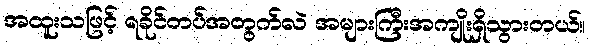
အထူးသဖြင့် ရခိုင်တပ်အတွက်လဲ အများကြီးအကျိုးရှိသွားတယ်။